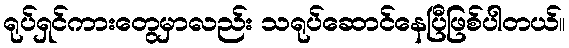
ရုပ်ရှင်ကားတွေမှာလည်း သရုပ်ဆောင်နေပြီဖြစ်ပါတယ်။